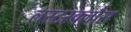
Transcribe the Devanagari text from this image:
लस्टस्क्लौस